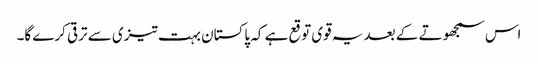
اس سمجھوتے کے بعد یہ قوی توقع ہے کہ پاکستان بہت تیزی سے ترقی کرے گا۔